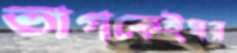
ভাগকেইঘর